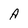
Character: A